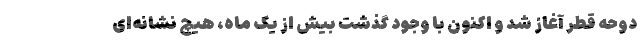
دوحه قطر آغاز شد و اکنون با وجود گذشت بیش از یک ماه، هیچ نشانه‌ای